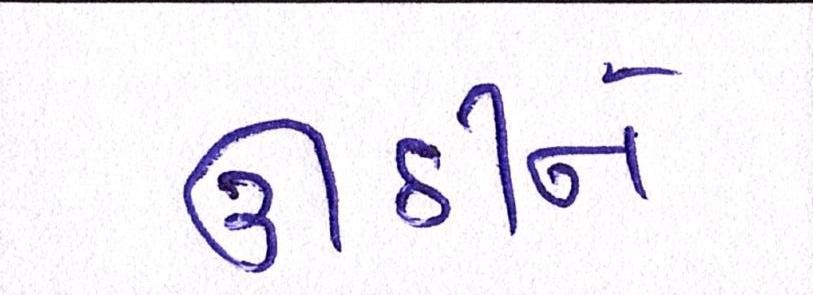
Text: ઊઠીને